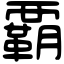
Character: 覇